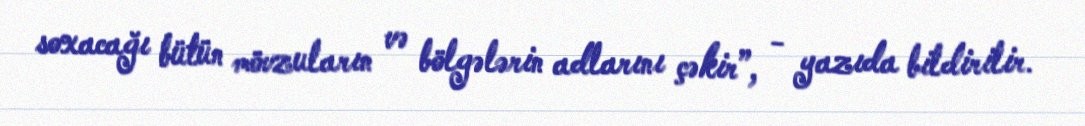
soxacağı bütün mövzuların və bölgələrin adlarını çəkir”, - yazıda bildirilir.